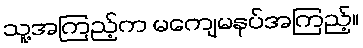
သူ့အကြည့်က မကျေမနပ်အကြည့်။